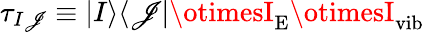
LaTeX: \tau_{I\mathscr{J}}\equiv|I\rangle\langle\mathscr{J}|\otimesI_{\mathrm{{E}}}\otimesI_{\mathrm{{vib}}}